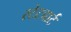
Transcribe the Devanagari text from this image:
स्टेटचार्ट